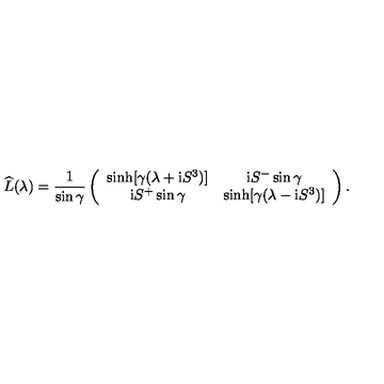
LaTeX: \widehat { L } ( \lambda ) = \frac { 1 } { \sin \gamma } \left( \begin{array} { c c } { \sinh [ \gamma ( \lambda + \mathrm { i } S ^ { 3 } ) ] } & { \mathrm { i } S ^ { - } \sin \gamma } \\ { \mathrm { i } S ^ { + } \sin \gamma } & { \sinh [ \gamma ( \lambda - \mathrm { i } S ^ { 3 } ) ] } \\ \end{array} \right) .